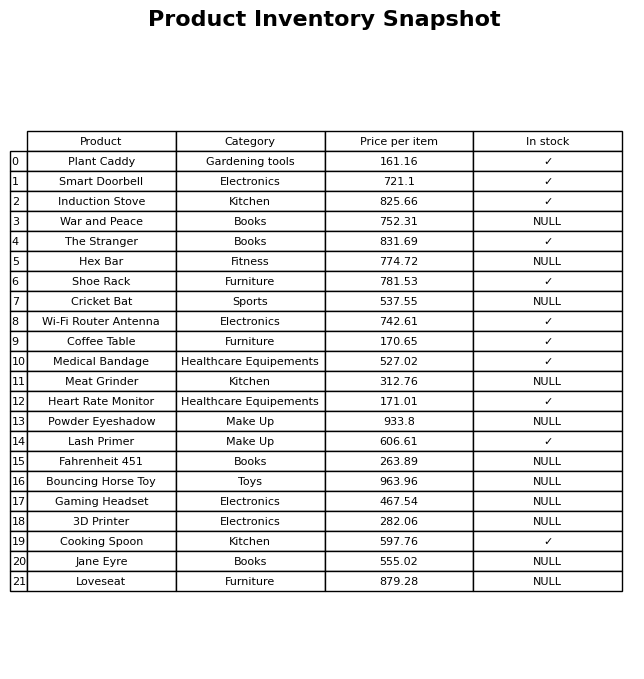
question: What is the price for Smart Doorbell?
answer: The price of Smart Doorbell is 721.1.